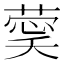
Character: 𮐔